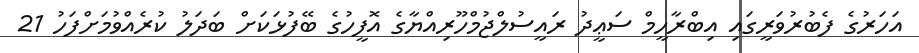
އަހަރުގެ ފެބުރުވަރީގައި އިބްރާހީމް ސަޢީދު ރައީސުލްޖުމްހޫރިއްޔާގެ އޮފީހުގެ ބޭފުޅަކަށް ބަދަލު ކުރެއްވުމަށްފަހު 21